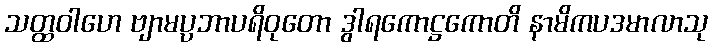
သတ္ထဝါဟေ ဗျာမပ္ပဘာပရိဝုတော ဒွါရကောဋ္ဌကောတိ နာမိကပဒမာလာသု